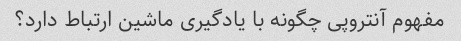
مفهوم آنتروپی چگونه با یادگیری ماشین ارتباط دارد؟